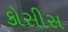
કોસીસ